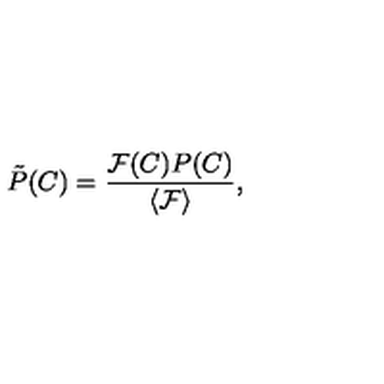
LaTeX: \tilde { P } ( C ) = \frac { \mathcal { F } ( C ) P ( C ) } { \langle \mathcal { F } \rangle } ,